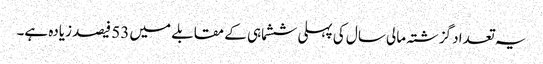
یہ تعداد گزشتہ مالی سال کی پہلی ششماہی کے مقابلے میں 53 فیصد زیادہ ہے۔